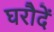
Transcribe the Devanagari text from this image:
घरौदें